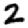
Digit: 2